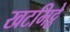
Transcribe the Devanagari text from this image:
खटमिट्ठे